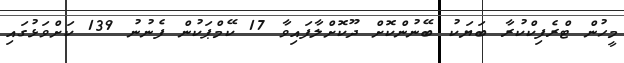
މީހުން ޓްރެފިކްކުރާ ބަޔަކު ބޭނުންކޮށް ދޫކޮށްލާފައިވާ 17 ކޭމްޕަކުން ފެނުނު 139 ކަށްވަޅުގައި